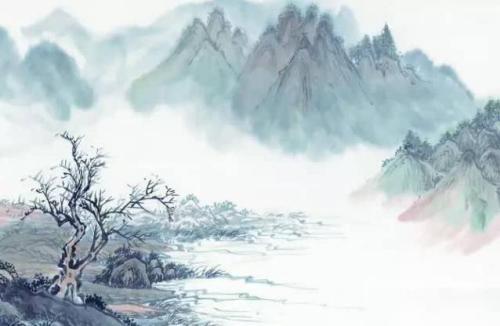
何当重相见，尊酒慰离颜。